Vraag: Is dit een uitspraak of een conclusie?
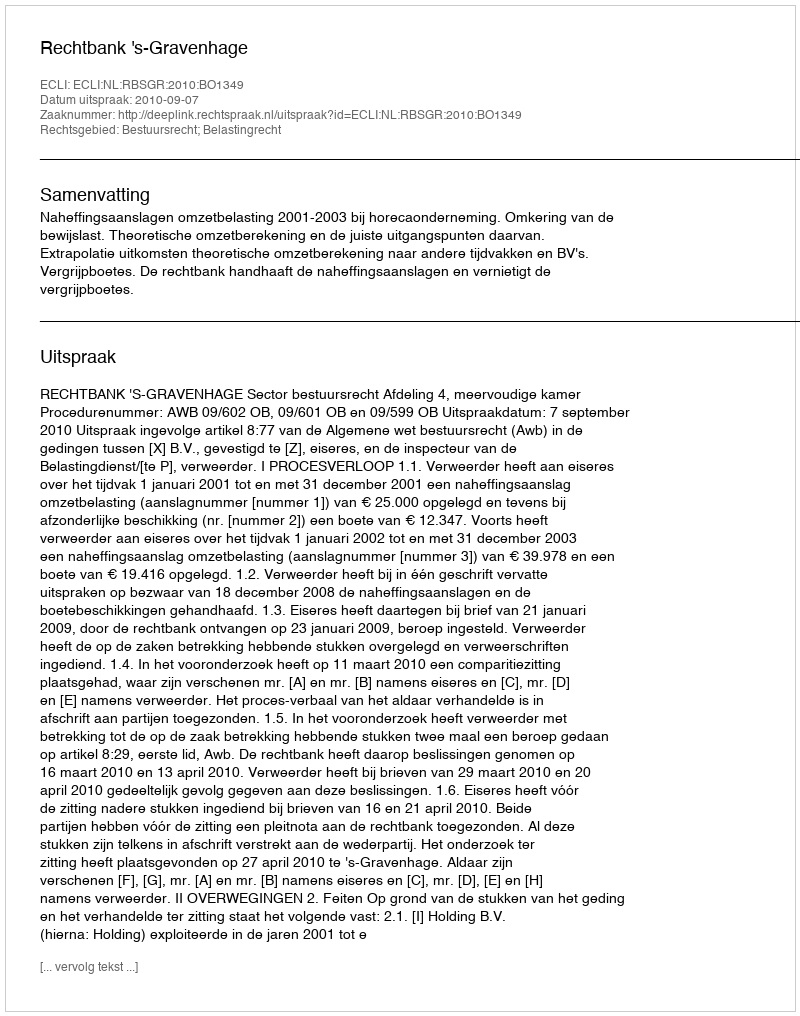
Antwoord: Uitspraak